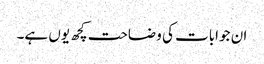
ان جوابات کی وضاحت کچھ یوں ہے۔